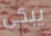
يبكى